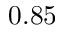
0 . 8 5